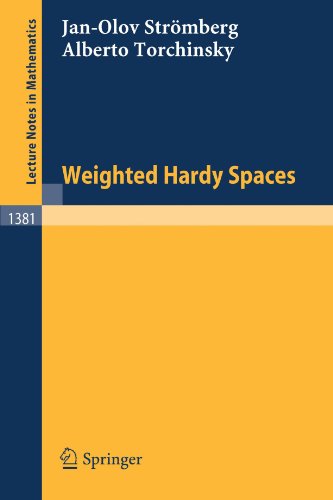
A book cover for Weighted Hardy Spaces (Lecture Notes in Mathematics); Jan-Olov StrÃ¶mberg; Science & Math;